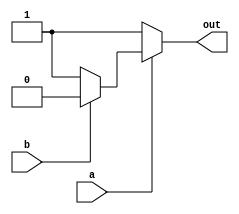
/*
   This file was generated automatically by Alchitry Labs version 1.2.1.
   Do not edit this file directly. Instead edit the original Lucid source.
   This is a temporary file and any changes made to it will be destroyed.
*/

module modulo1_1 (
    input a,
    input b,
    output reg out
  );
  
  
  
  always @* begin
    if (a == 1'h0) begin
      out = 1'h1;
    end else begin
      if (a == 1'h1) begin
        if (b == 1'h1) begin
          out = 1'h0;
        end else begin
          out = 1'h1;
        end
      end else begin
        if (a == 2'h2) begin
          if (b == 1'h1 || b == 2'h2) begin
            out = 1'h0;
          end else begin
            out = 2'h2;
          end
        end else begin
          if (a == 2'h3) begin
            if (b == 1'h1 || b == 2'h3) begin
              out = 1'h0;
            end else begin
              if (b == 2'h2) begin
                out = 1'h1;
              end else begin
                out = 2'h3;
              end
            end
          end else begin
            if (a == 3'h4) begin
              if (b == 1'h1 || b == 2'h2 || b == 3'h4) begin
                out = 1'h0;
              end else begin
                if (b == 2'h3) begin
                  out = 1'h1;
                end else begin
                  out = 3'h4;
                end
              end
            end else begin
              if (a == 3'h5) begin
                if (b == 1'h1 || b == 3'h5) begin
                  out = 1'h0;
                end else begin
                  if (b == 2'h2 || b == 3'h4) begin
                    out = 1'h1;
                  end else begin
                    if (b == 2'h3) begin
                      out = 2'h2;
                    end else begin
                      out = 3'h5;
                    end
                  end
                end
              end else begin
                if (a == 3'h6) begin
                  if (b == 1'h1 || b == 2'h2 || b == 2'h3 || b == 3'h6) begin
                    out = 1'h0;
                  end else begin
                    if (b == 3'h4) begin
                      out = 2'h2;
                    end else begin
                      if (b == 3'h5) begin
                        out = 1'h1;
                      end else begin
                        out = 3'h6;
                      end
                    end
                  end
                end else begin
                  if (a == 3'h7) begin
                    if (b == 1'h1 || b == 3'h7) begin
                      out = 1'h0;
                    end else begin
                      if (b == 2'h2 | b == 2'h3 | b == 3'h6) begin
                        out = 1'h1;
                      end else begin
                        if (b == 3'h4) begin
                          out = 2'h3;
                        end else begin
                          if (b == 3'h5) begin
                            out = 2'h2;
                          end else begin
                            out = 3'h7;
                          end
                        end
                      end
                    end
                  end else begin
                    if (a == 4'h8) begin
                      if (b == 1'h1 || b == 2'h2 || b == 3'h4 || b == 4'h8) begin
                        out = 1'h0;
                      end else begin
                        if (b == 3'h7) begin
                          out = 1'h1;
                        end else begin
                          if (b == 2'h3 || b == 3'h6) begin
                            out = 2'h2;
                          end else begin
                            if (b == 3'h5) begin
                              out = 2'h3;
                            end else begin
                              out = 4'h8;
                            end
                          end
                        end
                      end
                    end else begin
                      if (a == 4'h9) begin
                        if (b == 1'h1 || b == 2'h3 || b == 4'h9) begin
                          out = 1'h0;
                        end else begin
                          if (b == 2'h2 || b == 3'h4 || b == 4'h8) begin
                            out = 1'h1;
                          end else begin
                            if (b == 3'h7) begin
                              out = 2'h2;
                            end else begin
                              if (b == 3'h6) begin
                                out = 2'h3;
                              end else begin
                                if (b == 3'h5) begin
                                  out = 3'h4;
                                end else begin
                                  out = 4'h9;
                                end
                              end
                            end
                          end
                        end
                      end else begin
                        out = 1'h1;
                      end
                    end
                  end
                end
              end
            end
          end
        end
      end
    end
  end
endmodule